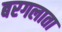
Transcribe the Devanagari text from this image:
बरगलाता